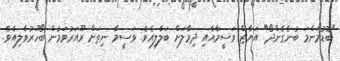
"ބޮޑުމަންމަ ބުނެގެންދޯ" އަޔާޒް ވަސީމާއާއި ދިމާލަށް ބަލާލިއެވެ. ވަސީމާ ނިތަށް ރޫއަރުވަމުން ބޯހޫރުވާލިއެވެ.